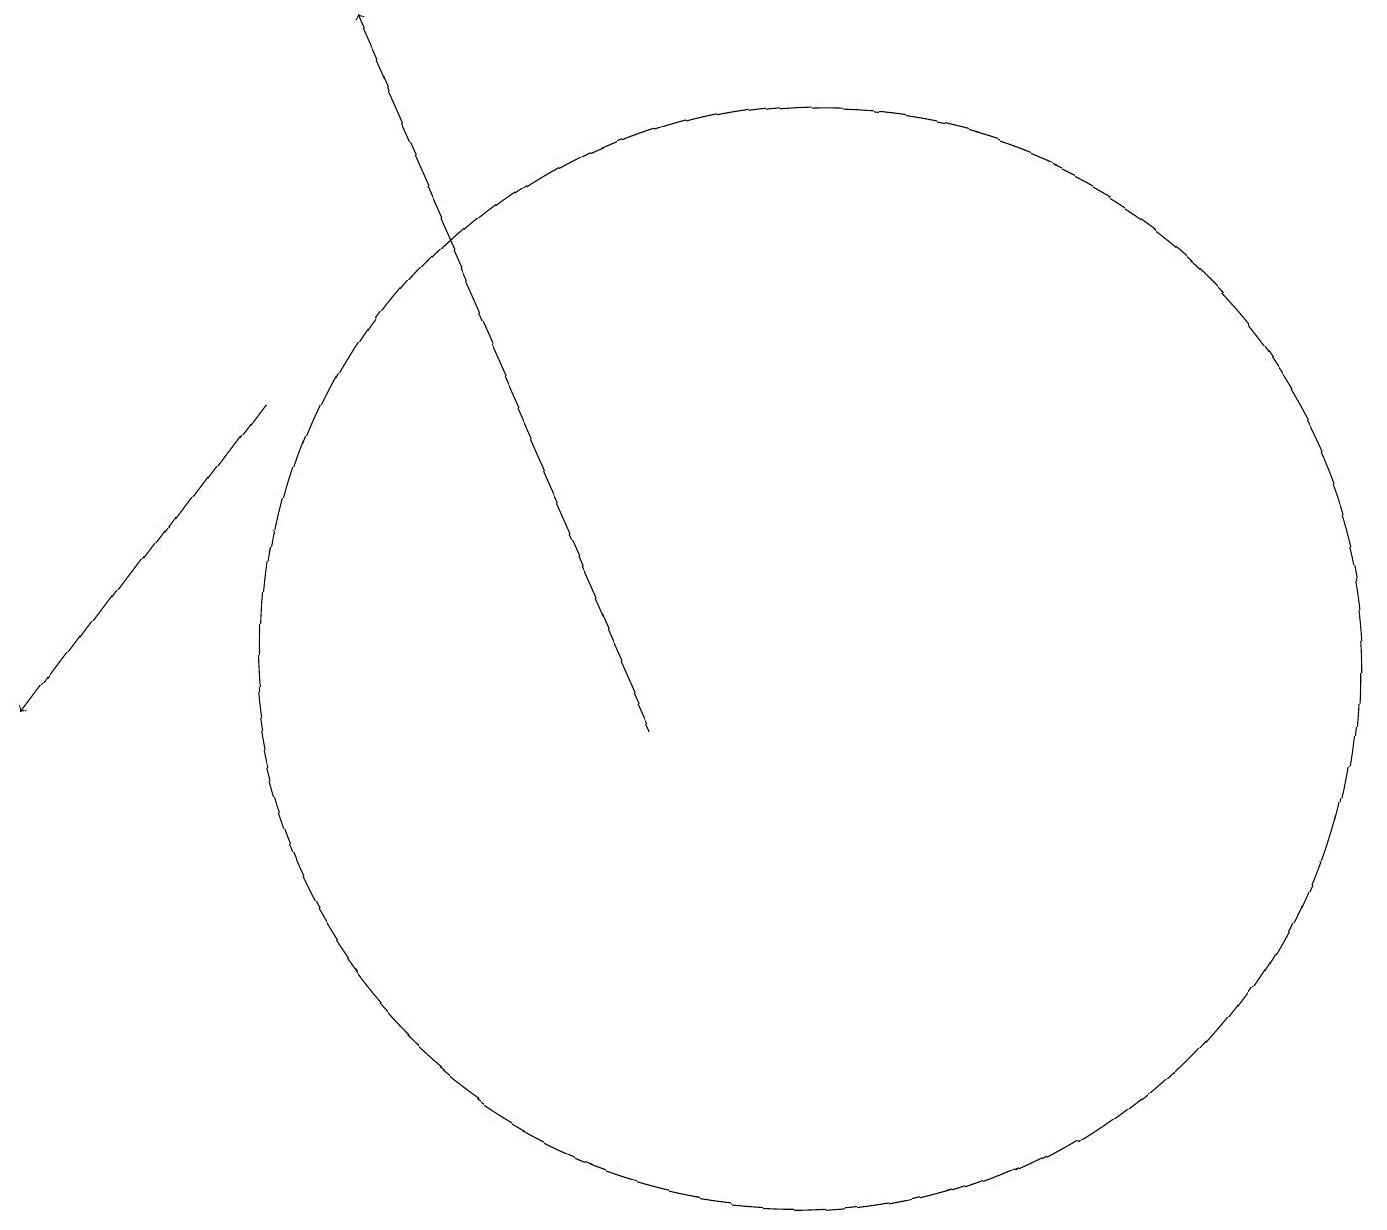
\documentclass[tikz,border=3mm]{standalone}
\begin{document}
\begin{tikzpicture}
\draw[->] (9,10) -- (5,19);
\draw (11,11) circle (7);
\draw[->] (4,14) -- (1,10);
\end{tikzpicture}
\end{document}